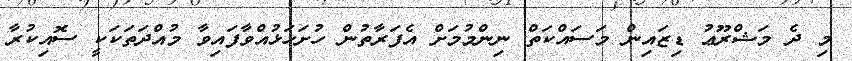
މި ދެ މަޝްރޫޢު ޑިޒައިން މަސައްކަތް ނިންމުމަށް އެފަރާތުން ހުށަހަޅުއްވާފައިވާ މުއްދަތަކަކީ ސޮއިކުރާ